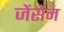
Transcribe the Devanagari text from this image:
जेंसेन